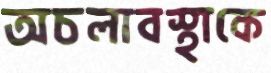
অচলাবস্থাকে